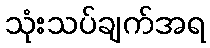
သုံးသပ်ချက်အရ